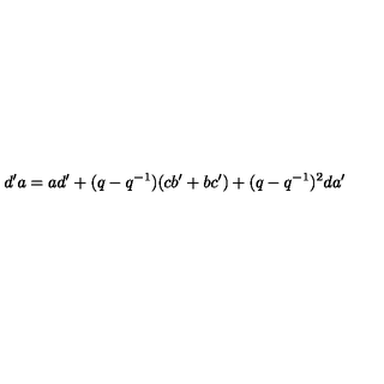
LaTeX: d ^ { \prime } a = a d ^ { \prime } + ( q - q ^ { - 1 } ) ( c b ^ { \prime } + b c ^ { \prime } ) + ( q - q ^ { - 1 } ) ^ { 2 } d a ^ { \prime }